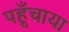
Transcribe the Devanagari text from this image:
पहूँचाया